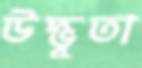
উদ্ভূতা